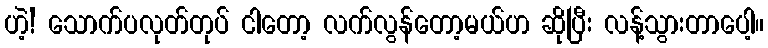
ဟဲ့! သောက်ပလုတ်တုပ် ငါတော့ လက်လွန်တော့မယ်ဟ ဆိုပြီး လန့်သွားတာပေါ့။